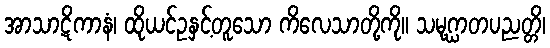
အာသာဋိကာနံ၊ ထိုယင်ဥနှင့်တူသော ကိလေသာတို့ကို။ သမုဂ္ဃာတပညတ္တိ၊